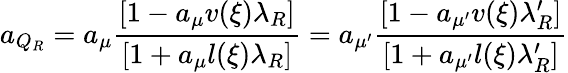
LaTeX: a_{Q_{R}}=a_{\mu}\frac{[1-a_{\mu}v(\xi)\lambda_{R}]}{[1+a_{\mu}l(\xi)\lambda_{R}]}=a_{\mu^{\prime}}\frac{[1-a_{\mu^{\prime}}v(\xi)\lambda_{R}^{\prime}]}{[1+a_{\mu^{\prime}}l(\xi)\lambda_{R}^{\prime}]}